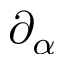
\partial _ { \alpha }